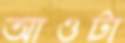
আওটা